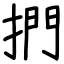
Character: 捫